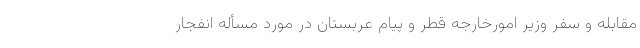
مقابله و سفر وزیر امورخارجه قطر و پیام عربستان در مورد مسأله انفجار